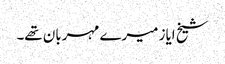
شیخ ایاز میرے مہربان تھے۔